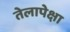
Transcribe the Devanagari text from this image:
तेलापेक्षा